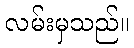
လမ်းမှသည်။